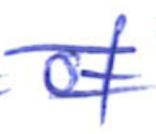
Text: of
Cross-out: double-line
Writing tool: ballpoint